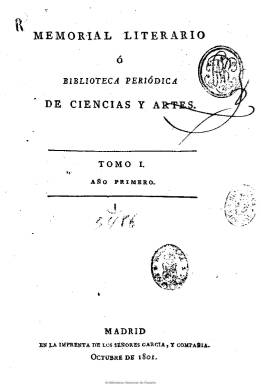
Título: Memorial literario o Biblioteca periódica de ciencias, literatura y artes
Otros títulos: Biblioteca periódica de ciencias, literatura y artes || Memorial literario, Biblioteca periódica de ciencias y artes || Biblioteca periódica de ciencias y letras
Colección: Cultura
Ámbito geográfico: Madrid
Lugar de publicación: Madrid
Fechas: 01/01/1801-30/05/1808

Con este título se publica la tercera y cuarta etapa o época del Memorial instructivo y curioso de la Corte de Madrid, fundado en 1784 por los aragoneses afincados en Madrid Joaquín Ezquerra (1750-1820) y Pedro Pablo Trullenc, y que había modificado también su título, entre 1793-1797, como Continuación del Memorial literario…, cabeceras que también forman parte de la Hemeroteca Digital de la Biblioteca Nacional de España. Considerado como una de las mejores revistas españolas del dieciocho, de carácter ilustrado avanzado, pero alejado de la heterodoxia (Inmaculada Urzainqui: 1991 y 1992), a partir de marzo 1801 reaparece bajo la dirección del periodista murciano Pedro María Olive (1767-1843), mientras que Ezcurra seguirá colaborando de forma ocasional.

El Memorial literario había roto los esquemas trazados por la prensa dieciochesca española, como el Mercurio, el Correo literario y el Diario de Madrid, dedicándole menos atención a la crítica social y de costumbres, a la vez que será el introductor de la crítica teatral y literaria. Publica artículos sobre prácticamente todos los asuntos relacionados con la cultura, la ciencia y el arte, de historia de la literatura (española, francesa, etc.), historia natural, técnica, química, botánica, geografía, biografía, estadística, demografía, meteorología, educación, medicina, cirugía, anatomía, higiene, agricultura, política, moral, religión, filosofía, antigüedades, viajes, innovaciones y descubrimientos, legislación, anécdotas, poesía (lírica, didáctica, moral, etc.), novedades bibliográficas, memorias de las academias, ensayos, reseñas de arte, espectáculos, entre otros asuntos.

Apoyado por Floridabanca y Campomanes, su primera época había acabado en enero de 1791, al afectarle la real resolución de 24 de febrero de de este año, que provocó la desaparición de la prensa española, a excepción de los periódicos oficiales (Gazeta y Mercurio) y Diario de Madrid. En julio de 1793, Ezcurra había empezado de nuevo a editarlo ya en solitario (había fallecido tres años antes Trullenc), aumentando en sus páginas los artículos traducidos, pero siguiendo el mismo esquema ilustrado, hasta que desapareció de nuevo, en diciembre de 1797.

De nuevo Ezquerra reinicia su publicación en marzo de 1801, con el título Memorial literario o Biblioteca periódica de ciencias y artes, siendo dirigido por Pedro María de Olive hasta junio 1804, y apareciendo los días 10, 20 y 30 de cada mes. En enero de 1805, Ezquerra venderá sus derechos de edición a Sebastián Bernardo de Carnero, poniéndolo éste en manos de sus hijos Mariano y José María, llegando su tercera época hasta el 30 de diciembre de 1806. Durante 1807 no se publica y comienza su cuarta y última época el diez de enero de 1808, ampliando el título a Memorial literario o Biblioteca periódicas de ciencias, literatura y artes, hasta su desaparición e 30 de mayo de 1808 (número 15), coincidiendo con la invasión napoleónica, publicando bandos, edictos y órdenes referentes a los acontecimientos políticos de Aranjuez y al Dos de Mayo. En su número 10 había insertado una lámina de la ciudad de Valencia (Gómez Imaz: 1910). Volvió a editarse entre octubre y noviembre de este último año, conservándose sus últimos cinco números en la Biblioteca del Thomas J. Dodd Research Center, de la Universidad de Connecticut (Elisabel Larriba: 2010). En estas épocas fueron también sus redactores el médico Andrés de Moya Luzuriaga y el fabulista Cristóbal de Beña, y fue estampado en la imprenta de los Señores García y en la de Repullés.

También publicó aparte unos cuatro cuadernillos anuales con la bibliografía que iba incluyendo en sus páginas, bajo el título Biblioteca periódica anual para utilidad de los libreros y literatos. Otro de los estudiosos de este título es José Checa Beltrán (2009).

En esta colección falta el tomo V, que incluye los números 37 a 45 del año 1804.